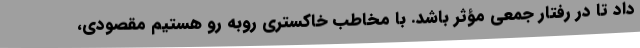
داد تا در رفتار جمعی مؤثر باشد. با مخاطب خاکستری روبه رو هستیم مقصودی،